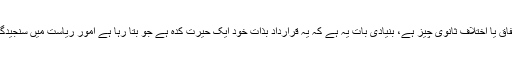
قرارداد کے متن سے اتفاق یا اختلاف ثانوی چیز ہے، بنیادی بات یہ ہے کہ یہ قرارداد بذات خود ایک حیرت کدہ ہے جو بتا رہا ہے امور ریاست میں سنجیدگی کا ہاتھ کتنا تنگ ہے۔